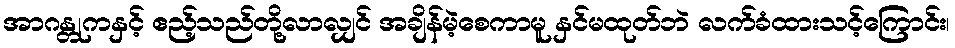
အာဂန္တုကနှင့် ဧည့်သည်တို့လာလျှင် အချိန်မဲ့စေကာမူ နှင်မထုတ်ဘဲ လက်ခံထားသင့်ကြောင်း၊